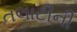
તલાટીની